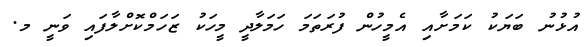
އުޅުނު ބަޔަކު ކަމަށާއި އެމީހުން ފުރަތަމަ ހަމަލާދީ މީހަކު ޒަހަމްކޮށްލާފައި ވަނީ މ.